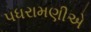
પધરામણીએ